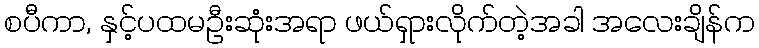
စပီကာ, နှင့်ပထမဦးဆုံးအရာ ဖယ်ရှားလိုက်တဲ့အခါ အလေးချိန်က